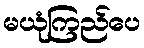
မယုံကြည်ပေ